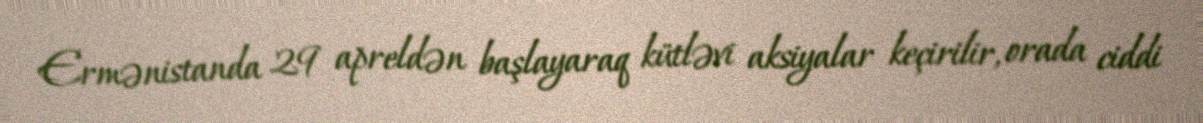
Ermənistanda 29 apreldən başlayaraq kütləvi aksiyalar keçirilir, orada ciddi